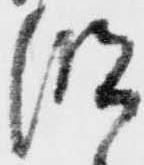
明